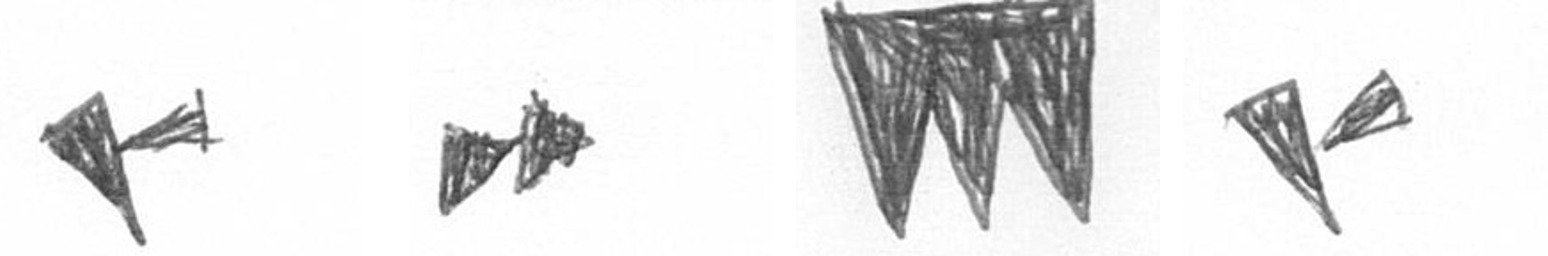
F A L F